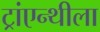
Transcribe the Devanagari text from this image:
ट्रांएन्थीला